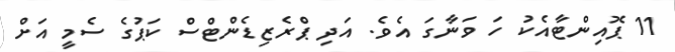
11 ޕޮއިންޓާއެކު ހަ ވަނާގަ އެވެ. އަދި ޕްރެޒިޑެންޓްސް ކަޕުގެ ސެމީ އަށް